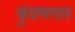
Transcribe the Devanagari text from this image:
कुंदणगार